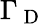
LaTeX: \Gamma_{\mathrm{~D~}}